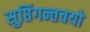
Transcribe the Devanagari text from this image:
सुप्तिंगन्तचयो